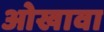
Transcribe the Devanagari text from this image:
ओखावा